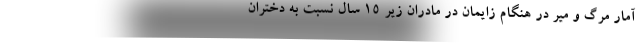
آمار مرگ و میر در هنگام زایمان در مادران زیر ۱۵ سال نسبت به دختران